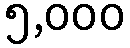
၅,၀၀၀